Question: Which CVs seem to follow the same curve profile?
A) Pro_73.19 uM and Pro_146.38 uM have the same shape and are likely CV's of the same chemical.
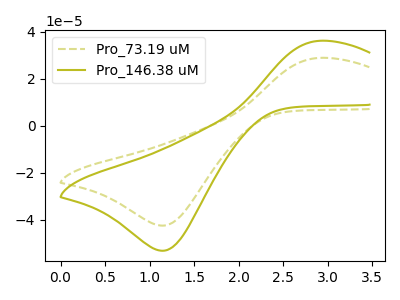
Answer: <think>The olive dashed curve "Pro_73.19 uM" has an anodic peak at (2.90V, 28.80uA) and a cathodic peak at (1.15V, -42.40uA). The olive curve "Pro_146.38 uM" has an anodic peak at (2.90V, 36.05uA) and a cathodic peak at (1.15V, -53.05uA).
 All the peaks in "Pro_73.19 uM" have a peak in "Pro_146.38 uM" at the same potential. Every peak in "Pro_73.19 uM" is lower than every peak in "Pro_146.38 uM".</think>
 <answer>A) "Pro_73.19 uM" and "Pro_146.38 uM" have the same shape and are likely CV's of the same chemical.</answer>
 <eval>A</eval>